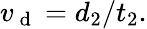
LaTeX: v_{\mathrm{~d~}}=d_{2}/t_{2}.